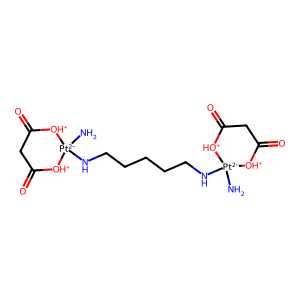
SMILES: N[Pt-2]1(NCCCCCN[Pt-2]2(N)[OH+]C(=O)CC(=O)[OH+]2)[OH+]C(=O)CC(=O)[OH+]1
Inhibits HIV replication: No